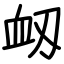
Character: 衂